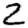
Digit: 2